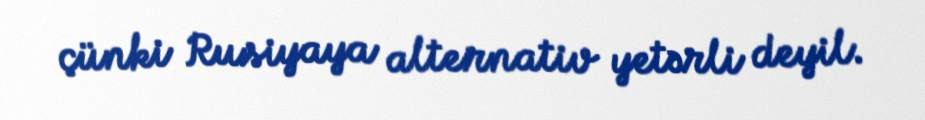
çünki Rusiyaya alternativ yetərli deyil.